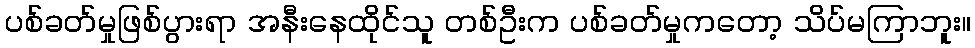
ပစ်ခတ်မှုဖြစ်ပွားရာ အနီးနေထိုင်သူ တစ်ဦးက ပစ်ခတ်မှုကတော့ သိပ်မကြာဘူး။